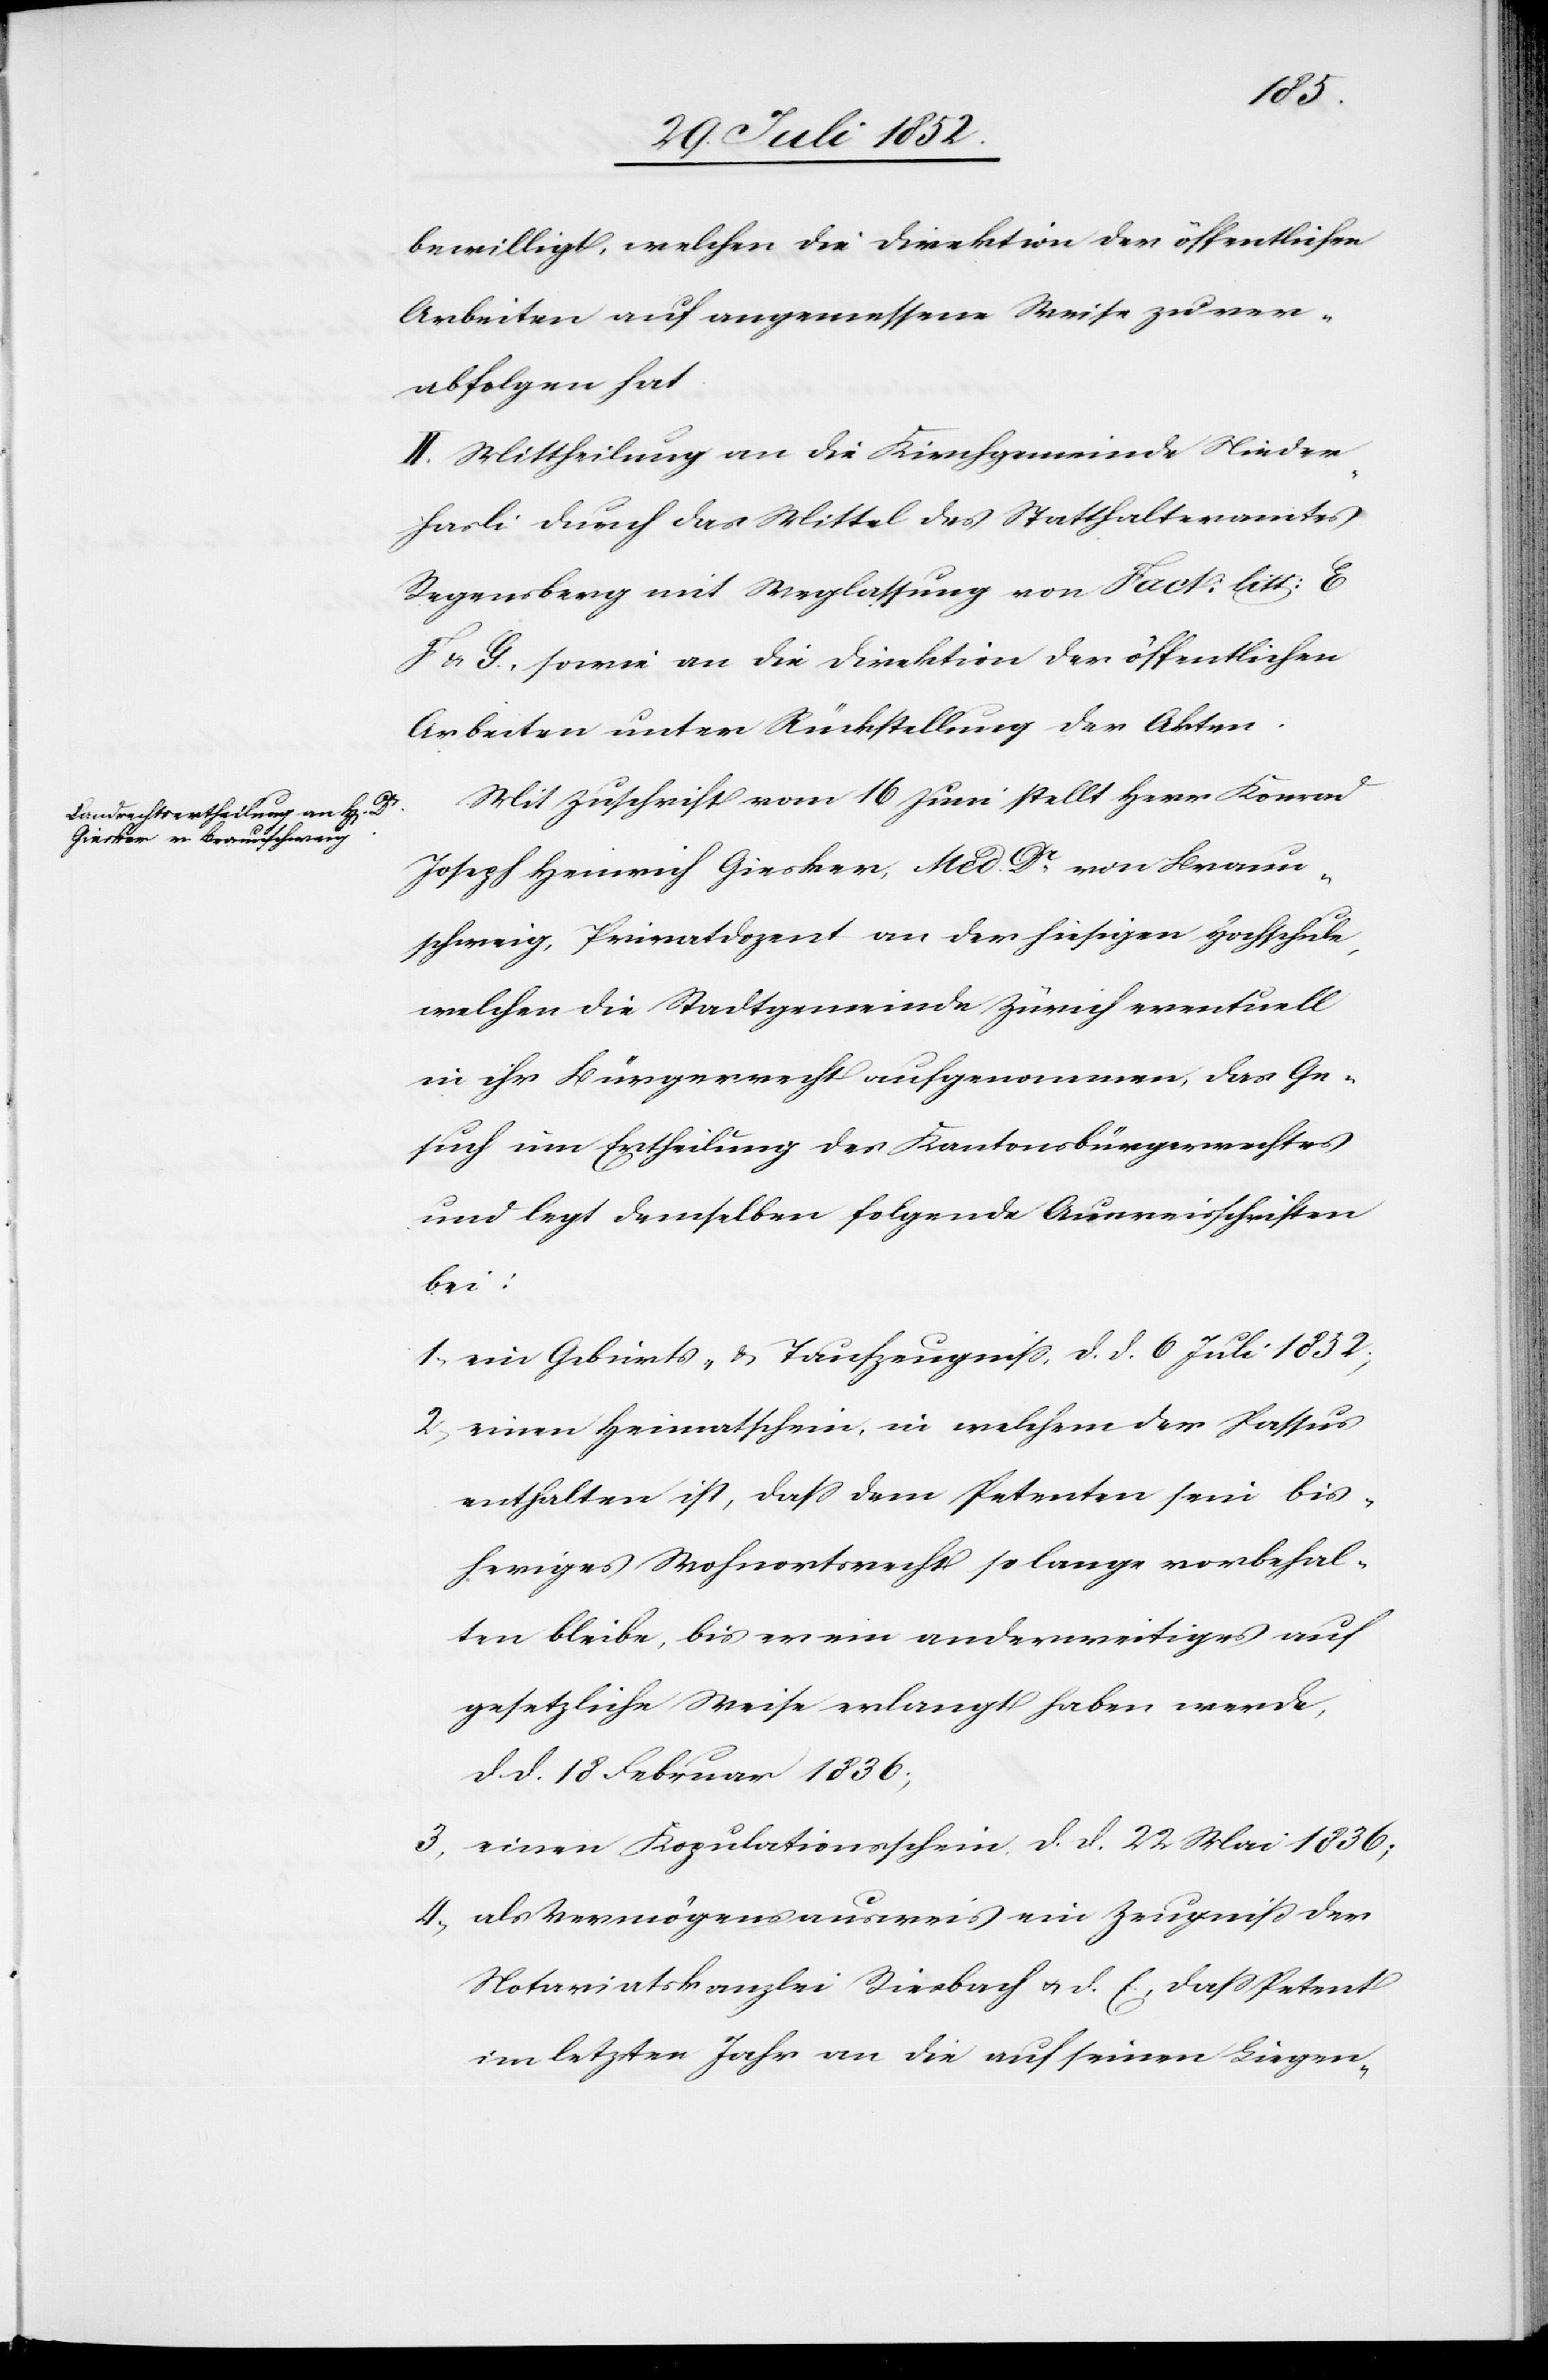
bewilligt, welchen die Direktion der öffentlichen
Arbeiten auf angemessene Weise zu ver¬
abfolgen hat.
II. Mittheilung an die Kirchgemeinde Nieder¬
hasli durch das Mittel des Statthalteramtes
Regensberg mit Weglassung von Fact: litt: E[,]
F & G., sowie an die Direktion der öffentlichen
Arbeiten unter Rückstellung der Akten.
Mit Zuschrift vom 16 Juni stellt Herr Konrad
Joseph Heinrich Giesker, Med. Dr. von Braun¬
schweig, Privatdozent an der hiesigen Hochschule,
welchen die Stadtgemeinde Zürich eventuell
in ihr Bürgerrecht aufgenommen, das Ge¬
such um Ertheilung des Kantonsbürgerrechtes
und legt demselben folgende Ausweisschriften
bei:
ein Geburts- & Taufzeugniss, d. d. 6 Juli 1852;
einen Heimatschein, in welchem der Passus
enthalten ist, dass dem Petenten sein bis¬
heriges Wohnortsrecht so lange vorbehal¬
ten bleibe, bis er ein anderweitiges auf
gesetzliche Weise erlangt haben werde,
d. d. 18 Februar 1836;
einen Kopulationsschein, d. d. 22 Mai 1836;
als Vermögensausweis ein Zeugniß der
Notariatskanzlei Riesbach & d. E., dass Petent
im letzten Jahr an die auf seinen Liegen-